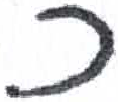
אות: כ